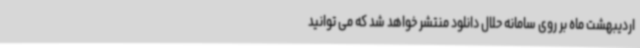
اردیبهشت ماه بر روی سامانه حلال دانلود منتشر خواهد شد که می توانید